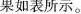
果如表所示。